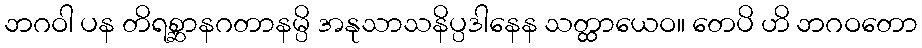
ဘဂဝါ ပန တိရစ္ဆာနဂတာနမ္ပိ အနုသာသနိပ္ပဒါနေန သတ္ထာယေဝ။ တေပိ ဟိ ဘဂဝတော